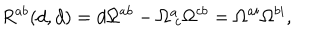
{ R } ^ { a b } ( d , d ) = d \Omega ^ { a b } - \Omega _ { ~ c } ^ { a } \Omega ^ { c b } = \Omega ^ { a i } \Omega ^ { b i } ,